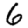
Digit: 6